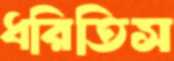
ধরিতিস